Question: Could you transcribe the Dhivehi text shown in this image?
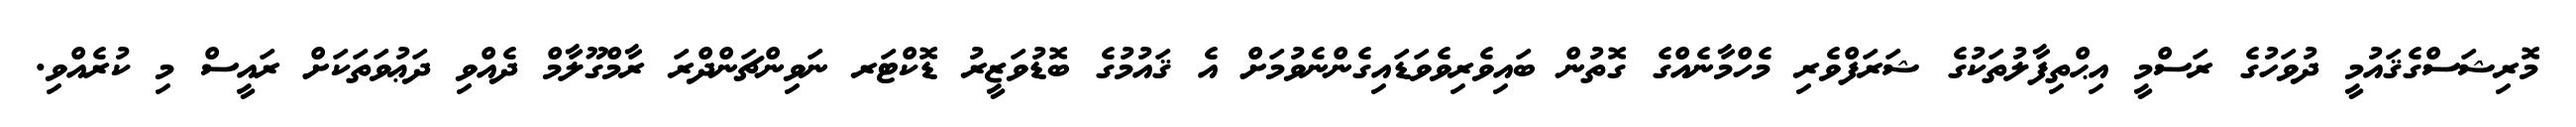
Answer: މޮރިޝަސްގެޤައުމީ ދުވަހުގެ ރަސްމީ އިޙްތިފާލުތަކުގެ ޝަރަފްވެރި މެހްމާނެއްގެ ގޮތުން ބައިވެރިވެވަޑައިގެންނެވުމަށް އެ ޤައުމުގެ ބޮޑުވަޒީރު ޑޮކްޓަރ ނަވިންޗަންދްރަ ރާމްގޫލާމް ދެއްވި ދަޢުވަތަކަށް ރައީސް މި ކުރެއްވި.